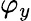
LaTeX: \varphi_{y}